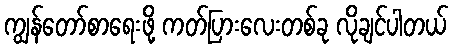
ကျွန်တော်စာရေးဖို့ ကတ်ပြားလေးတစ်ခု လိုချင်ပါတယ်